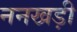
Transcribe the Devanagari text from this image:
ननखड़ी